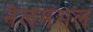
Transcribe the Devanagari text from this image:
नेलमंगल